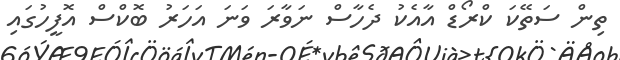
ތިން ސަތޭކަ ކްރޯޑް އާއެކު ދެހާސް ނަވާރަ ވަނަ އަހަރު ބޮކްސް އޮފީހުގައި